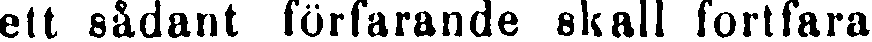
ett sådant förfarande skall fortfara